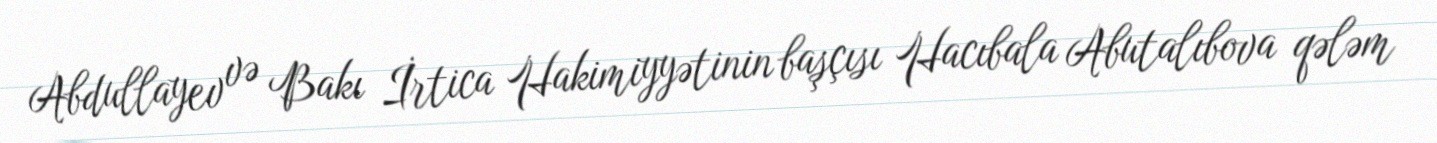
Abdullayev və Bakı İrtica Hakimiyyətinin başçısı Hacıbala Abutalıbova qələm